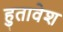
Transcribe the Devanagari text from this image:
हुतावेश